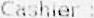
CASHIER :